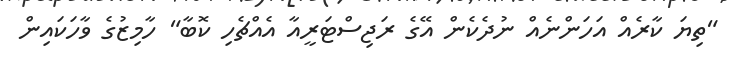
"ތިޔަ ކާރެއް އަހަންނެއް ނުދެކެން އޭގެ ރަޖިސްޓަރީއާ އެއްޗެހި ކޮބާ" ހާމިޒުގެ ވާހަކައިން